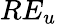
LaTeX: RE_{u}